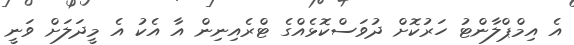
އެ އިމްޕްލާންޓު ހަރުކޮށް ދުވަސްކޮޅެއްގެ ޓްރެއިނިން އާ އެކު އެ މީދަލަށް ވަނީ